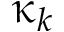
\upkappa _ { k }